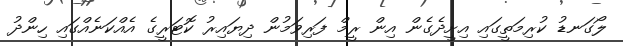
ލޯގަނޑު ކުރިމަތީގައި އިށީދެގެން އިން ރީމް ފަރިވަމުން ދިޔައިރު ކޮޓަރީގެ އެއްކަނެއްގައި ހިންދު